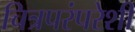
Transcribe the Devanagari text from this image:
चित्रपरंपरेशी